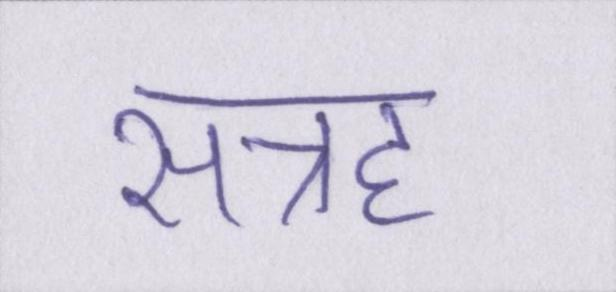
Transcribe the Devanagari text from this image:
सत्रह